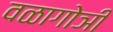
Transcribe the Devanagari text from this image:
वळागोञी